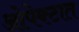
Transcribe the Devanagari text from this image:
ओपेक्टात